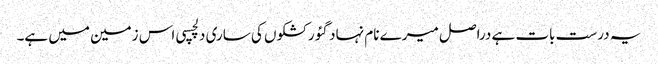
یہ درست بات ہے دراصل میرے نام نہاد گئو رکشکوں کی ساری دلچسپی اس زمین میں ہے۔